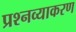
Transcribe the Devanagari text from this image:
प्रश्नव्याकरण